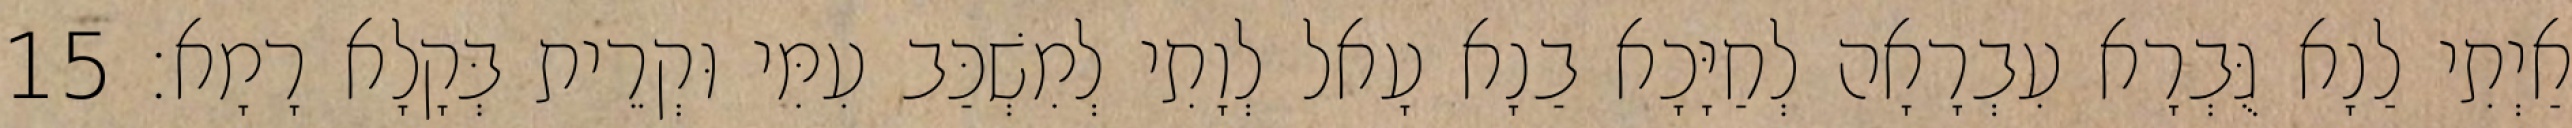
אַיְתִי לַנָא גֻּבְרָא עִבְרָאָה לְחַיָּכָא בַנָא עָאל לְוָתִי לְמִשְׁכַּב עִמִּי וּקְרֵית בְּקָלָא רָמָא׃ 15